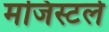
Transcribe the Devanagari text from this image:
मजिस्टर्ल